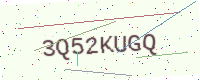
Text: 3Q52KUGQ